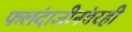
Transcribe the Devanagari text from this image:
फलंदाजीनंतरही